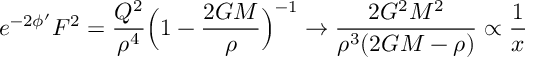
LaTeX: e ^ { - 2 \phi ^ { \prime } } F ^ { 2 } = \frac { Q ^ { 2 } } { \rho ^ { 4 } } \Bigl ( 1 - \frac { 2 G M } { \rho } \Bigr ) ^ { - 1 } \rightarrow \frac { 2 G ^ { 2 } M ^ { 2 } } { \rho ^ { 3 } ( 2 G M - \rho ) } \propto \frac { 1 } { x }